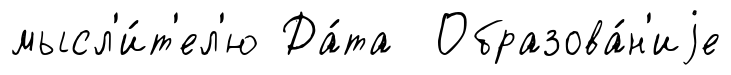
мысл'и́т'ел'ю Да́та Образова́н'иjе